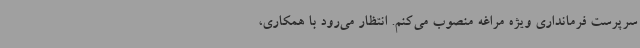
سرپرست فرمانداری ویژه مراغه منصوب می‌کنم. انتظار می‌رود با همکاری،